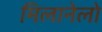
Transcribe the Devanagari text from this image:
मिलानेलो